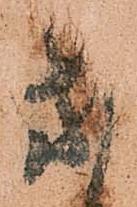
處